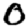
Digit: 0